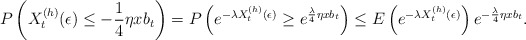
\begin{align*} P\left(X_t^{(h)}(\epsilon) \le -\frac 1 4 \eta x b_t\right) = P\left(e^{-\lambda X_t^{(h)}(\epsilon)} \ge e^{\frac {\lambda}{4} \eta x b_t}\right) \le E\left(e^{-\lambda X_t^{(h)}(\epsilon)}\right) e^{-\frac \lambda 4 \eta x b_t}.\end{align*}